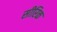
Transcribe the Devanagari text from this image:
सीरिक